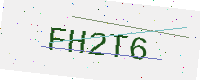
Text: FH2T6